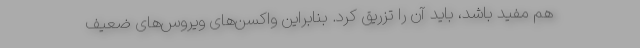
هم مفید باشد، باید آن را تزریق کرد. بنابراین واکسن‌های ویروس‌های ضعیف